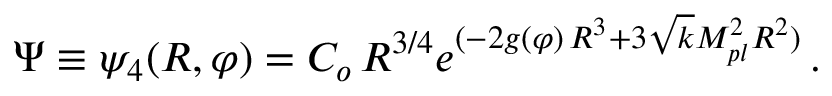
\Psi \equiv \psi _ { 4 } ( R , \varphi ) = C _ { o } \, R ^ { 3 / 4 } e ^ { ( - 2 g ( \varphi ) \, R ^ { 3 } + 3 \sqrt { k } M _ { p l } ^ { 2 } R ^ { 2 } ) } \, .